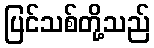
ပြင်သစ်တို့သည်